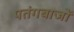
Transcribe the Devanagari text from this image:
पतंगबाजों